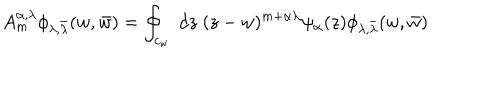
A _ { m } ^ { \alpha , \lambda } \phi _ { \lambda , \bar { \lambda } } ( w , \bar { w } ) = \oint _ { c _ { w } } \; d z \; ( z - w ) ^ { m + \alpha \lambda } \psi _ { \alpha } ( z ) \phi _ { \lambda , \bar { \lambda } } ( w , \bar { w } )